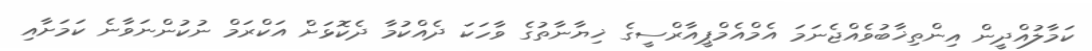
ކަމާލުއްދީން އިންތިޚާބުވެއްޖެނަމަ އެމްއެމްޕީއާރްސީގެ ޚިޔާނާތުގެ ވާހަކަ ދެއްކުމާ ދެކޮޅަށް އަކްރަމް ނުކުންނަވާނެ ކަމަށާއި